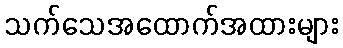
သက်သေအထောက်အထားများ